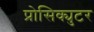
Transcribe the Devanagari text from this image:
प्रोसिक्युटर